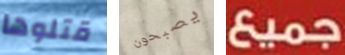
قتلوها يصبحون جميع